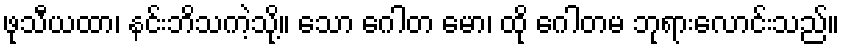
ဖုသီယထာ၊ နင်းဘိသကဲ့သို့။ သော ဂေါတ မော၊ ထို ဂေါတမ ဘုရားလောင်းသည်။